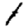
Digit: 1